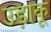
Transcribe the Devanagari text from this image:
उड़ाकू